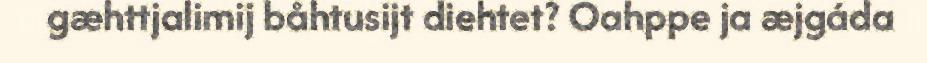
gæhttjalimij båhtusijt diehtet? Oahppe ja æjgáda